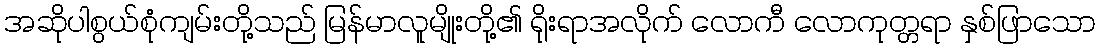
အဆိုပါစွယ်စုံကျမ်းတို့သည် မြန်မာလူမျိုးတို့၏ ရိုးရာအလိုက် လောကီ လောကုတ္တရာ နှစ်ဖြာသော